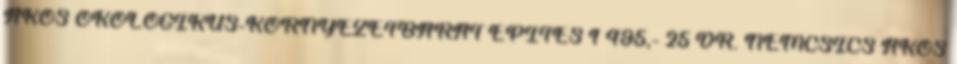
ÁKOS ÖKOLOGIKUS-KÖRNYEZETBARÁT ÉPÍTÉS 1 495,- 25 DR. NEMCSICS ÁKOS